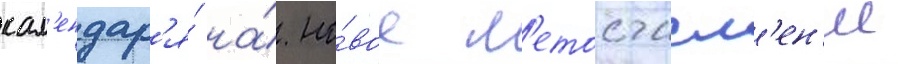
кал'ендар'я́ на́ но́вое л'етосчисл'ен'ие